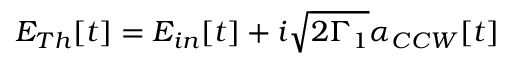
E _ { T h } [ t ] = E _ { i n } [ t ] + i \sqrt { 2 \Gamma _ { 1 } } \alpha _ { C C W } [ t ]